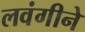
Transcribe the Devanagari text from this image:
लवंगीने